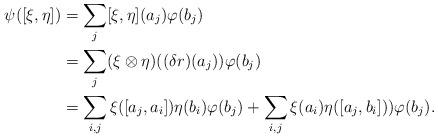
LaTeX: \begin{align*}\psi([\xi,\eta])&=\sum_j [\xi,\eta](a_j)\varphi(b_j)\\&=\sum_j (\xi\otimes \eta)((\delta r)(a_j))\varphi(b_j)\\&=\sum_{i,j}\xi([a_j,a_i])\eta(b_i)\varphi(b_j)+\sum_{i,j}\xi(a_i)\eta([a_j,b_i]))\varphi(b_j).\end{align*}